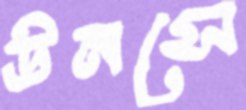
উনসে